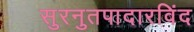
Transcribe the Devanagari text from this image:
सुरनुतपादारविंद